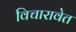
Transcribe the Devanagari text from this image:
विचारावेत